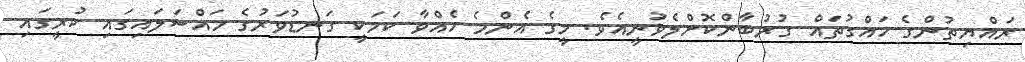
ރައްޔިތުންގެ ހައްގުތައް ގުރުބާންކޮށްލެވުނީއެވެ. މީގެ އެންމެ ހެއްވާ ކަމަކީ ގަނޑުވަރުގެ މައްސަލައިގައި ކުރީގައި